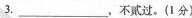
3. ___，不贰过。(1分)